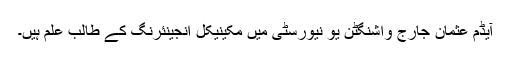
آیڈم عثمان جارج واشنگٹن یو نیورسٹی میں مکینیکل انجینئرنگ کے طالب علم ہیں۔